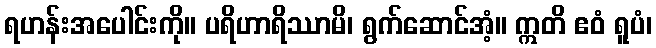
ရဟန်းအပေါင်းကို။ ပရိဟာရိဿာမိ၊ ရွက်ဆောင်အံ့။ ဣတိ ဧဝံ ရူပံ၊